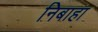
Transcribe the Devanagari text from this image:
निबाहा